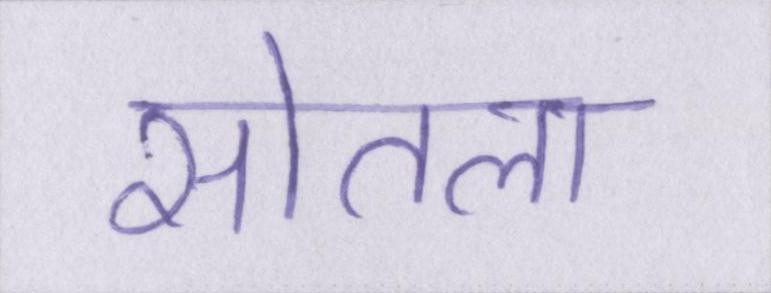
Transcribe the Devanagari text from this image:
सोतला